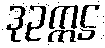
ဒုဥက္ကဋ္ဌ